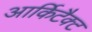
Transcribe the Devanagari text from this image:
आर्किटैक्ट